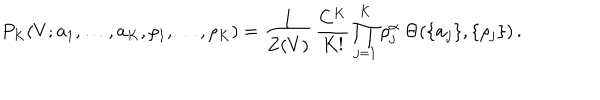
P _ { K } ( V ; { \bf a } _ { 1 } , \ldots , { \bf a } _ { K } , \rho _ { 1 } , \ldots , \rho _ { K } ) = \frac { 1 } { Z ( V ) } \, \frac { C ^ { K } } { K ! } \prod _ { j = 1 } ^ { K } \rho _ { j } ^ { \alpha } \ \Theta ( \{ { \bf a } _ { j } \} , \{ \rho _ { j } \} ) \, .